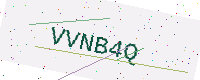
Text: VVNB4Q